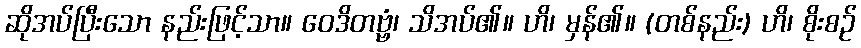
ဆိုအပ်ပြီးသော နည်းဖြင့်သာ။ ဝေဒိတဗ္ဗံ၊ သိအပ်၏။ ဟိ၊ မှန်၏။ (တစ်နည်း) ဟိ၊ စိုးစဉ်